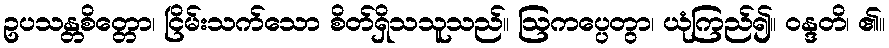
ဥပသန္တစိတ္တော၊ ငြိမ်းသက်သော စိတ်ရှိသသူသည်။ ဩကပ္ပေတွာ၊ ယုံကြည်၍။ ဝန္ဒတိ၊ ၏။